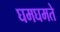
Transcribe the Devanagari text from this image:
घमघमते